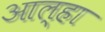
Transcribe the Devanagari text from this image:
आल्‍हा